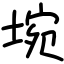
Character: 埦